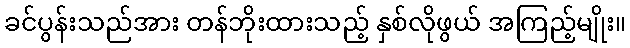
ခင်ပွန်းသည်အား တန်ဘိုးထားသည့် နှစ်လိုဖွယ် အကြည့်မျိုး။